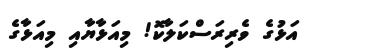
އަޅުގެ ވެރިރަސްކަލާކޮ! މިއަޅާޔާއި މިއަޅާގެ